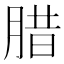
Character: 腊